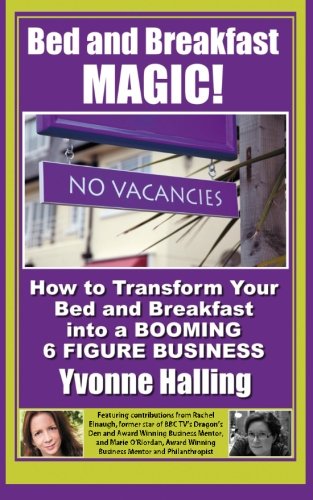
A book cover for Bed and Breakfast Magic: How to Transform Your Bed and Breakfast Into A Booming 6 Figure Business; Ms Yvonne Halling; Travel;